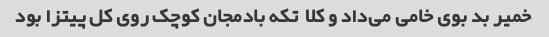
خمیر بد بوی خامی می‌داد و کلا  تکه بادمجان کوچک روی کل پیتزا بود